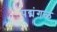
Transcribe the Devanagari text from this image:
पद्मंगळ